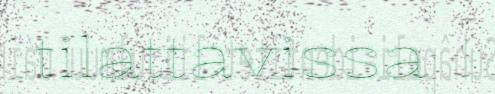
tilattavissa